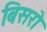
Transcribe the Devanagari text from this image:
बिसरो